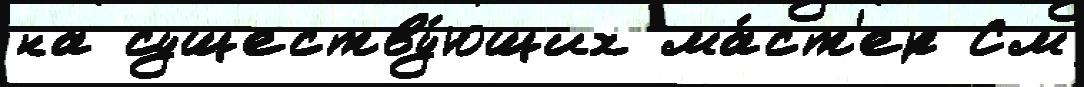
на существу́ющих ма́ст'ер См